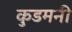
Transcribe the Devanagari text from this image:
कुडमनी